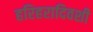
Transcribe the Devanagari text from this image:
हरिहरादिवशी